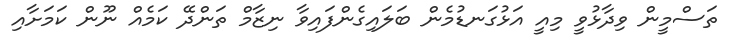
ތަސްމީން ވިދާޅުވީ މިއީ އަޅުގަނޑުމެން ބަލައިގެންފައިވާ ނިޒާމް ތަންދޭ ކަމެއް ނޫން ކަމަށާއި